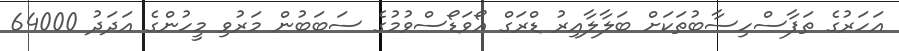
އަހަރުގެ ތަފާސްހިސާބުތަކަށް ބަލާލާއިރު ޑްރަގް އޯވަޑޯސްވުމުގެ ސަބަބުން މަރުވި މީހުންގެ އަދަދު 64000